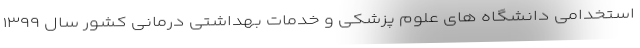
استخدامی دانشگاه های علوم پزشکی و خدمات بهداشتی درمانی کشور سال ۱۳۹۹